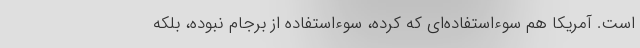
است. آمریکا هم سوءاستفاده‌ای که کرده، سوءاستفاده از برجام نبوده، بلکه